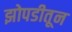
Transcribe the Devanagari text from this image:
झोपडीतून